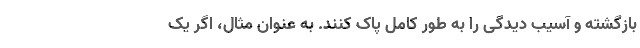
بازگشته و آسیب دیدگی را به طور کامل پاک کنند. به عنوان مثال، اگر یک